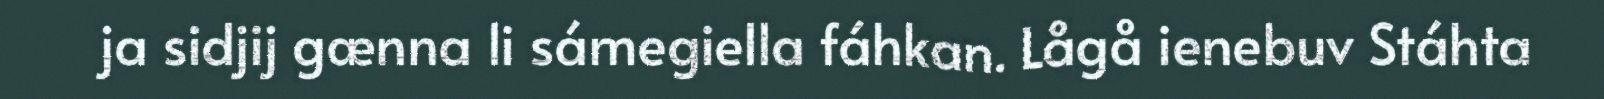
ja sidjij gænna li sámegiella fáhkan. Lågå ienebuv Stáhta